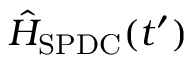
\hat { H } _ { \mathrm { S P D C } } ( t ^ { \prime } )